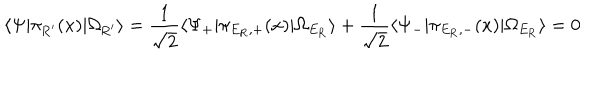
\langle \Psi | \pi _ { \mathrm { R ^ { \prime } } } ( x ) | \Omega _ { \mathrm { R ^ { \prime } } } \rangle = \frac { 1 } { \sqrt { 2 } } \langle \Psi _ { + } | \pi _ { E _ { \mathrm { R } } , + } ( x ) | \Omega _ { E _ { \mathrm { R } } } \rangle + \frac { 1 } { \sqrt { 2 } } \langle \Psi _ { - } | \pi _ { E _ { \mathrm { R } } , - } ( x ) | \Omega _ { E _ { \mathrm { R } } } \rangle = 0